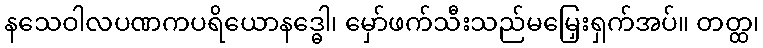
နသေဝါလပဏကပရိယောနဒ္ဓေါ၊ မှော်ဖက်သီးသည်မမြှေးရှက်အပ်။ တတ္ထ၊